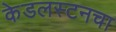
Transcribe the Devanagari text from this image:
केडलस्टनचा